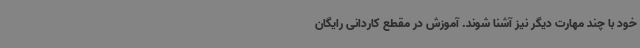
خود با چند مهارت دیگر نیز آشنا شوند. آموزش در مقطع کاردانی رایگان